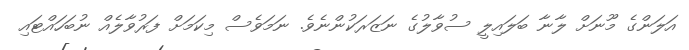
އަލަންގެ މޫނަށް ލާނާ ބަލައިލީ ސުވާލުގެ ނަޒަރަކުންނެވެ. ނަމަވެސް މިކަމަށް ފަރުވާލެއް ނުބަހައްޓައި